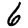
Digit: 6